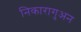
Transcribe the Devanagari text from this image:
निकारागुअन